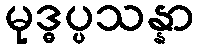
မုဒ္ဓပ္ပသန္နာ